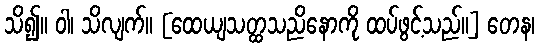
သိ၍။ ဝါ၊ သိလျက်။ [ထေယျသတ္ထသညိနောကို ထပ်ဖွင့်သည်။] တေန၊